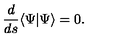
\frac { d } { d s } \langle \Psi | \Psi \rangle = 0 .